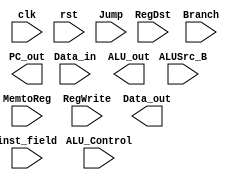
`timescale 1ns / 1ps
//////////////////////////////////////////////////////////////////////////////////
// Company: 
// Engineer: 
// 
// Design Name: 
// Module Name:    Data_path 
// Project Name: 
// Target Devices: 
// Tool versions: 
// Description: 
//
// Dependencies: 
//
// Revision: 
// Revision 0.01 - File Created
// Additional Comments: 
//
//////////////////////////////////////////////////////////////////////////////////
module Data_path( input clk,						//
						input rst,						//
						input[25:0]inst_field,		//
						input RegDst,
						input ALUSrc_B,
						input MemtoReg,
						input Jump,
						input Branch,
						input RegWrite,
						input[31:0]Data_in,
						input[2:0]ALU_Control,
						
						output[31:0]ALU_out,
						output[31:0]Data_out,
						output[31:0]PC_out
						);
						
endmodule